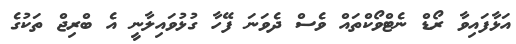
އަޅާފައިވާ ރޯޑް ނެޓްވޯކްތައް ވެސް ދެވަނަ ފޭހާ ގުޅުވައިލާނީ އެ ބްރިޖް ތަކުގެ